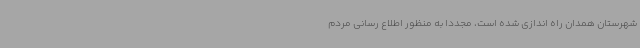
شهرستان همدان راه اندازی شده است، مجددا به منظور اطلاع رسانی مردم